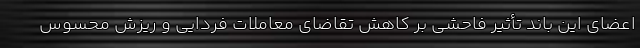
اعضای این باند تأثیر فاحشی بر کاهش تقاضای معاملات فردایی و ریزش محسوس